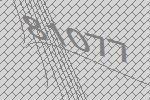
81077